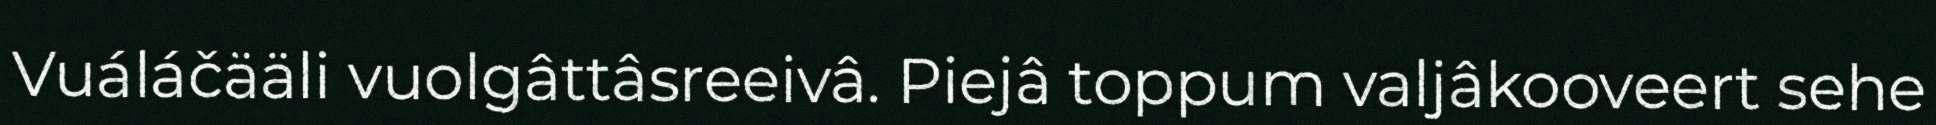
Vuáláčääli vuolgâttâsreeivâ. Piejâ toppum valjâkooveert sehe